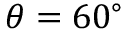
\theta = 6 0 ^ { \circ }